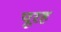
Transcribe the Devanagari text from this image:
पूरह